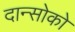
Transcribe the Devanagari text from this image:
दान्सोको